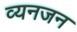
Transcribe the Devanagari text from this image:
व्यनजन